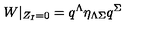
W | _ { Z _ { I } = 0 } = q ^ { \Lambda } \eta _ { \Lambda \Sigma } q ^ { \Sigma }